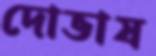
দোভাষ